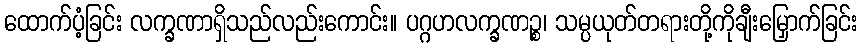
ထောက်ပံ့ခြင်း လက္ခဏာရှိသည်လည်းကောင်း။ ပဂ္ဂဟလက္ခဏဉ္စ၊ သမ္ပယုတ်တရားတို့ကိုချီးမြှောက်ခြင်း